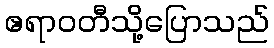
ဧရာဝတီသို့ပြောသည်